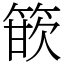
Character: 篏